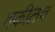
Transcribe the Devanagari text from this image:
वकीलच